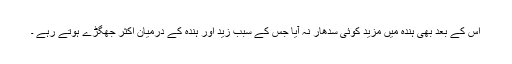
اس کے بعد بھی ہندہ میں مزید کوئی سدھار نہ آیا جس کے سبب زید اور ہندہ کے درمیان اکثر جھگڑے ہوتے رہے ۔